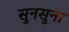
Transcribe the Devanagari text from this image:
सुनसुना